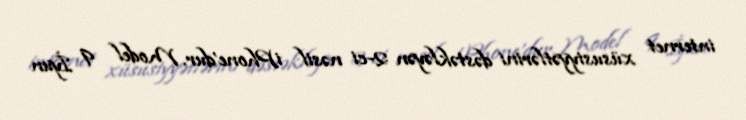
internet xüsusiyyətlərini dəstəkləyən 2-ci nəsil iPhone'dur. Model 9 İyun